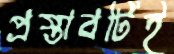
প্রস্তাবটিই